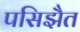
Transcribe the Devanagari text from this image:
पसिझैत